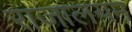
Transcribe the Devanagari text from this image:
राजालयम